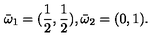
{ \bar { \omega } } _ { 1 } = ( \frac 1 { 2 } , \frac 1 { 2 } ) , { \bar { \omega } } _ { 2 } = ( 0 , 1 ) .